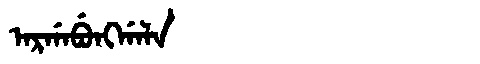
Manchu: ᠠᡵᡤᠠᠪᡠᠩᡤᠠᠯᠠ
Romanization: ARGABUNGGALA